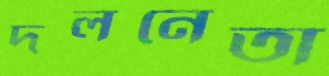
দলনেতা